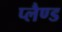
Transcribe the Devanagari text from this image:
प्लैण्ड